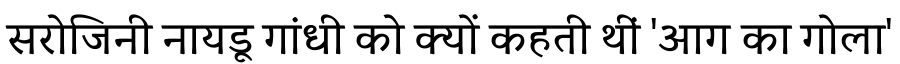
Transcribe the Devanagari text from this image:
सरोजिनी नायडू गांधी को क्यों कहती थीं 'आग का गोला'